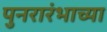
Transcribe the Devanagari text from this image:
पुनरारंभाच्या